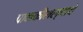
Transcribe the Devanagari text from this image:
पाककौशल्याचे